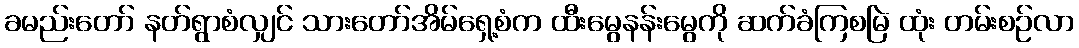
ခမည်းတော် နတ်ရွာစံလျှင် သားတော်အိမ်ရှေ့စံက ထီးမွေနန်းမွေကို ဆက်ခံကြစမြဲ ထုံး တမ်းစဉ်လာ